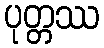
ပုတ္တဿ